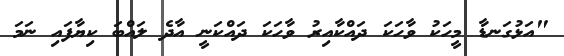
"އަޅުގަނޑާ މީހަކު ވާހަކަ ދައްކާއިރު ވާހަކަ ދައްކަނީ އާދެ ލައްބަ ކިޔާފައި ނަމަ